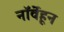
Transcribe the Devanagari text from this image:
नॉर्वेहून